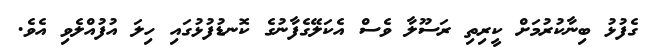
ގެފުޅު ބިނާކުރުމަށް ކީރިތި ރަސޫލާ ވެސް އެކަލޭގެފާނުގެ ކޮނޑުފުޅުގައި ހިލަ އުފުއްލެވި އެވެ.